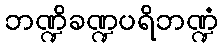
ဘဏ္ဍိခဏ္ဍပရိဘဏ္ဍံ